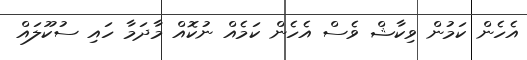
އެހެން ކަމުން ވިކާޝް ވެސް އެހެން ކަމެއް ނުކޮއް މާދަމާ ހައި ސުކޫލައް